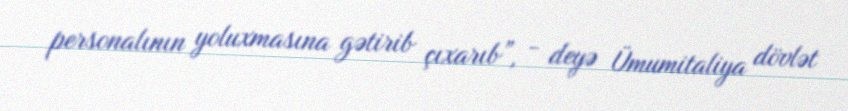
personalının yoluxmasına gətirib çıxarıb”, - deyə Ümumitaliya dövlət